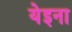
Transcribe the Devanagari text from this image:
येइना